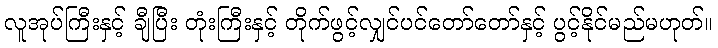
လူအုပ်ကြီးနှင့် ချီပြီး တုံးကြီးနှင့် တိုက်ဖွင့်လျှင်ပင်တော်တော်နှင့် ပွင့်နိုင်မည်မဟုတ်။